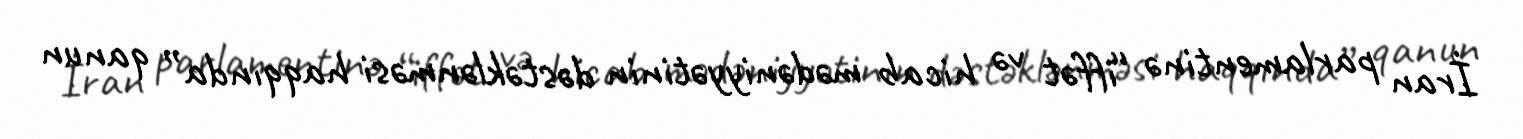
İran parlamentinə “iffət və hicab mədəniyyətinin dəstəklənməsi haqqında” qanun